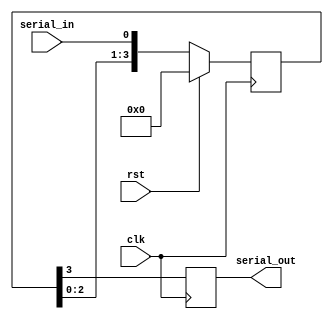
module siso(clk,rst,serial_in,serial_out);
input clk,rst,serial_in;
output reg serial_out;

reg[3:0]w;

always @(posedge clk)
begin
if(rst)
begin
w<=4'b0;
end
else
begin
w<={w[2:0],serial_in};
end
serial_out <=w[3];
end
endmodule